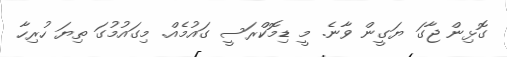
ގޮޅިން ޖާގަ ޔަގީން ވާނެ. މީ ޑިމޮކްރަސީ ގައުމެއް. މިގައުމުގަ ތިޔަ ހުރިހާ